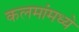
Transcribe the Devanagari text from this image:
कलमांमध्ये